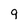
Character: 9